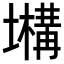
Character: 𡒫